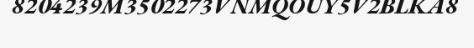
8204239M3502273VNMQOUY5V2BLKA8